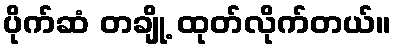
ပိုက်ဆံ တချို့ ထုတ်လိုက်တယ်။